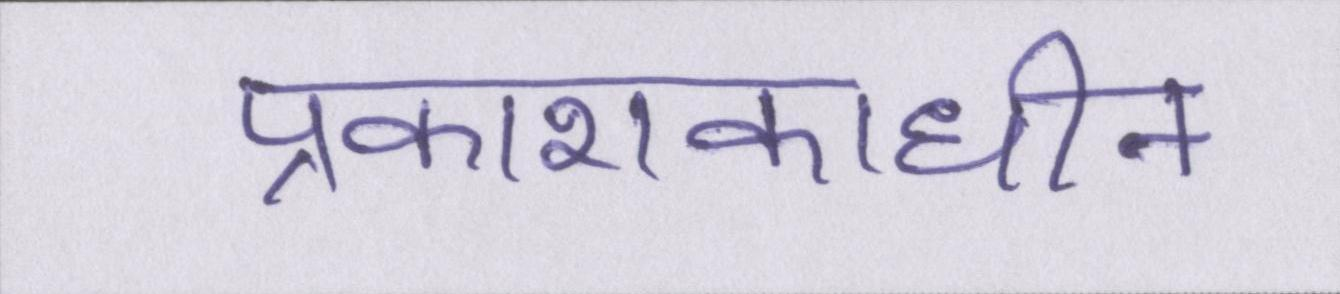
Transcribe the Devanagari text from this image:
प्रकाशकाधीन